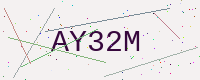
Text: AY32M